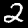
Digit: 2